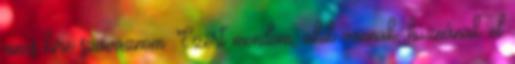
nincs kire szavaznom. Ezért mondom, akik vannak, húznának el